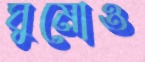
ঘুমোও